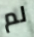
لم